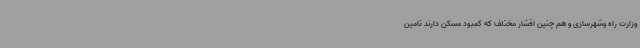
وزارت راه وشهرسازی و هم چنین اقشار مختلف که کمبود مسکن دارند تامین